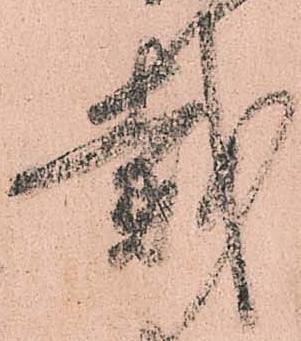
戴